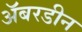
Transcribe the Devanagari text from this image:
अॅबरडीन